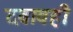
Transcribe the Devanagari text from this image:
दबावही